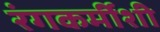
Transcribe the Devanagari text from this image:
रंगकर्मीशी